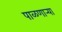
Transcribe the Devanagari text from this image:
पाळणार्‍या